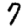
Digit: 7